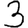
Digit: 3